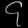
Digit: ၄